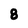
Character: 8